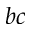
b c